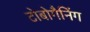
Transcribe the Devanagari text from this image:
टोबोगैनिंग